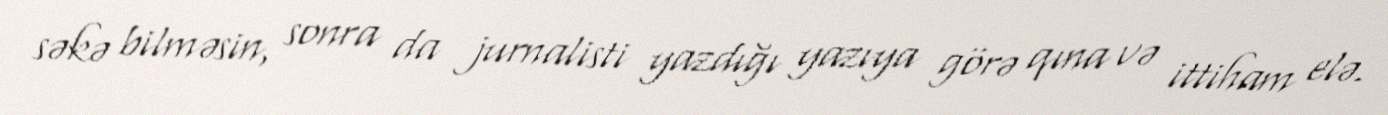
səkə bilməsin, sonra da jurnalisti yazdığı yazıya görə qına və ittiham elə.